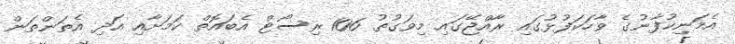
އެމަނިކުފާނުގެ ވާހަކަފުޅުގައި ރާއްޖޭގައި މިވަގުތު 106 ރިސޯޓް އެބައޮތް ކަމަށާއި އަދި އެތަންތަން